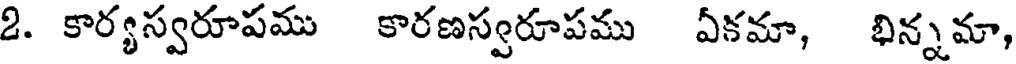
2. కార్యస్వరూపము కారణస్వరూపము ఏకమా, భిన్నమా,